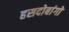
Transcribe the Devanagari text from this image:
हसदोबांगों